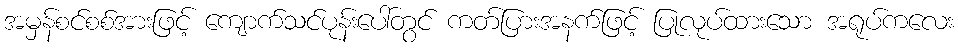
အမှန်စင်စစ်အားဖြင့် ကျောက်သင်ပုန်းပေါ်တွင် ကတ်ပြားအနက်ဖြင့် ပြုလုပ်ထားသော အရုပ်ကလေး